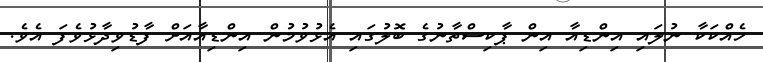
ހެއްކަކާ ނުލައި އިންޑިއާ އިން ޕާކިސްތާނުގެ ބޮލުގައި އެޅުވުމުން އިންޑިއާއަށް ފާޑުވިދާޅުވެފަ އެވެ.